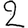
Digit: 2